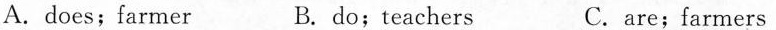
A. does;farmer B. do;teachers C. are;farmers